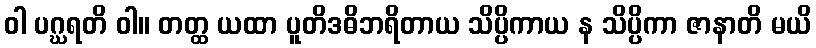
ဝါ ပဂ္ဃရတိ ဝါ။ တတ္ထ ယထာ ပူတိဒဓိဘရိတာယ သိပ္ပိကာယ န သိပ္ပိကာ ဇာနာတိ မယိ